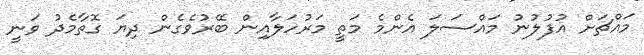
މައްޗަށް އުފުލުނު މައްސަލަ އެންމެ މަތީ މަރުހަލާއިން ބޭރުވެގެން ދިޔަ ގޮތާމެދު ވަނީ